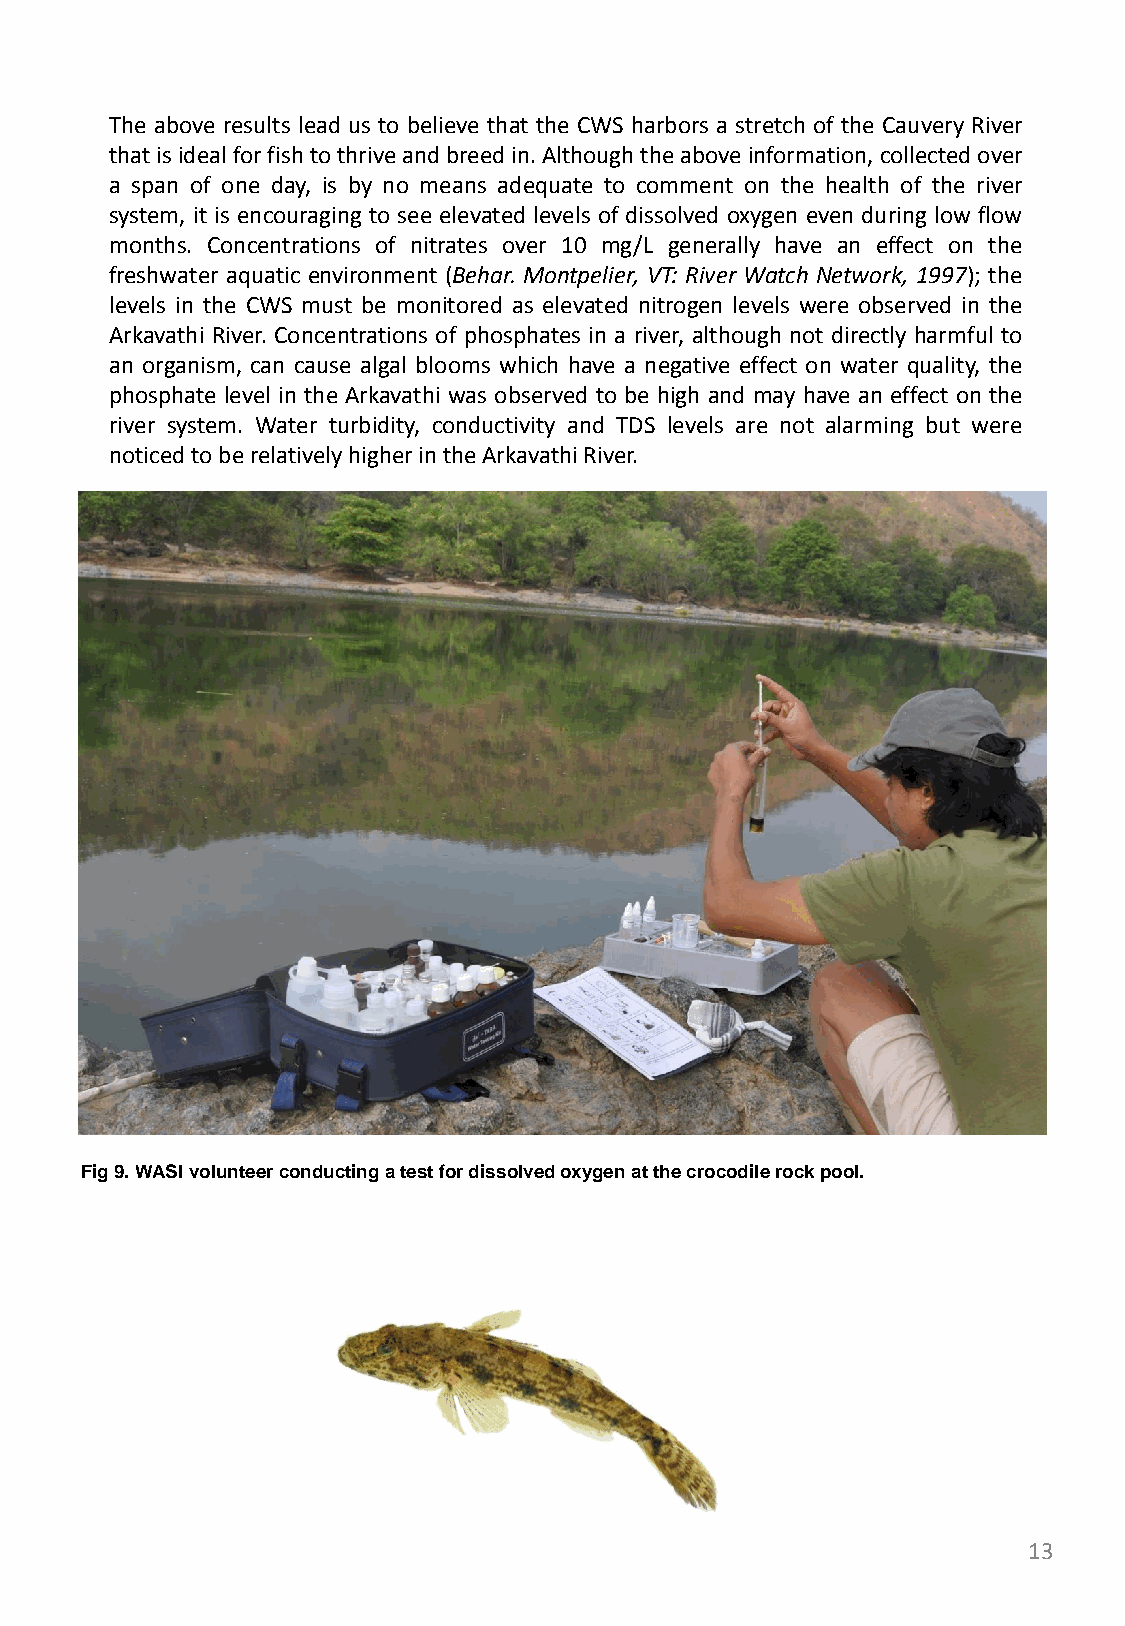
The above results lead us to believe that the CWS harbors a stretch of the Cauvery River
 that is ideal for fish to thrive and breed in. Although the above information, collected over
 a span of one day, is by no means adequate to comment on the health of the river
 system, it is encouraging to see elevated levels of dissolved oxygen even during low flow
 months. Concentrations of nitrates over 10 mg/L generally have an effect on the
 freshwater aquatic environment (Behar. Montpelier, VT: River Watch Network, 1997); the
 levels in the CWS must be monitored as elevated nitrogen levels were observed in the
 Arkavathi River. Concentrations of phosphates in a river, although not directly harmful to
 an organism, can cause algal blooms which have a negative effect on water quality, the
 phosphate level in the Arkavathi was observed to be high and may have an effect on the
 river system. Water turbidity, conductivity and TDS levels are not alarming but were
 noticed to be relatively higher in the Arkavathi River.
 Fig 9. WASI volunteer conducting a test for dissolved oxygen at the crocodile rock pool.
 13